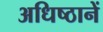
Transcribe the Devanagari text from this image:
अधिष्ठानें